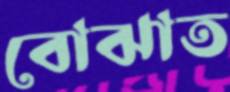
বোঝাত